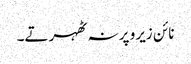
نائن زیرو پر نہ ٹھہرتے۔